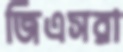
জিএসরা